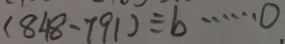
( 8 4 8 - 7 9 1 ) \div b \cdots 0